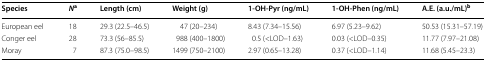
| Species | Na | Length (cm) | Weight (g) | 1-OH-Pyr (ng/mL) | 1-OH-Phen (ng/mL) | A.E. (a.u./mL)b |
 | --- | --- | --- | --- | --- | --- | --- |
 | European eel | 18 | 29.3 (22.5–46.5) | 47 (20–234) | 8.43 (7.34–15.56) | 6.97 (5.23–9.62) | 50.53 (15.31–57.19) |
 | Conger eel | 28 | 73.3 (56–85.5) | 988 (400–1800) | 0.5 (<LOD–1.63) | 0.03 (<LOD–0.35) | 11.77 (7.97–21.08) |
 | Moray | 7 | 87.3 (75.0–98.5) | 1499 (750–2100) | 2.97 (0.65–13.28) | 0.37 (<LOD–1.14) | 11.68 (5.45–23.3) |